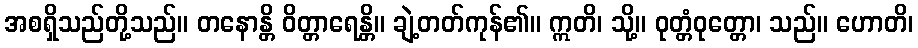
အစရှိသည်တို့သည်။ တနောန္တိ ဝိတ္တာရေန္တိ။ ချဲ့တတ်ကုန်၏။ ဣတိ၊ သို့။ ဝုတ္တံဝုတ္တော၊ သည်။ ဟောတိ၊